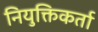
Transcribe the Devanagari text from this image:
नियुक्तिकर्ता